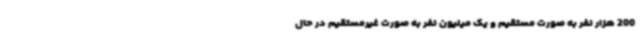
200 هزار نفر به صورت مستقیم و یک میلیون نفر به صورت غیرمستقیم در حال